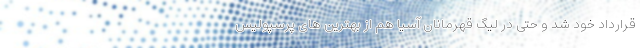
قرارداد خود شد و حتی در لیگ قهرمانان آسیا هم از بهترین های پرسپولیس